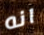
انه